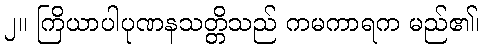
၂။ ကြိယာပါပုဏနသတ္တိသည် ကမကာရက မည်၏၊